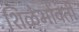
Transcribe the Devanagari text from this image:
शिळेभोवती